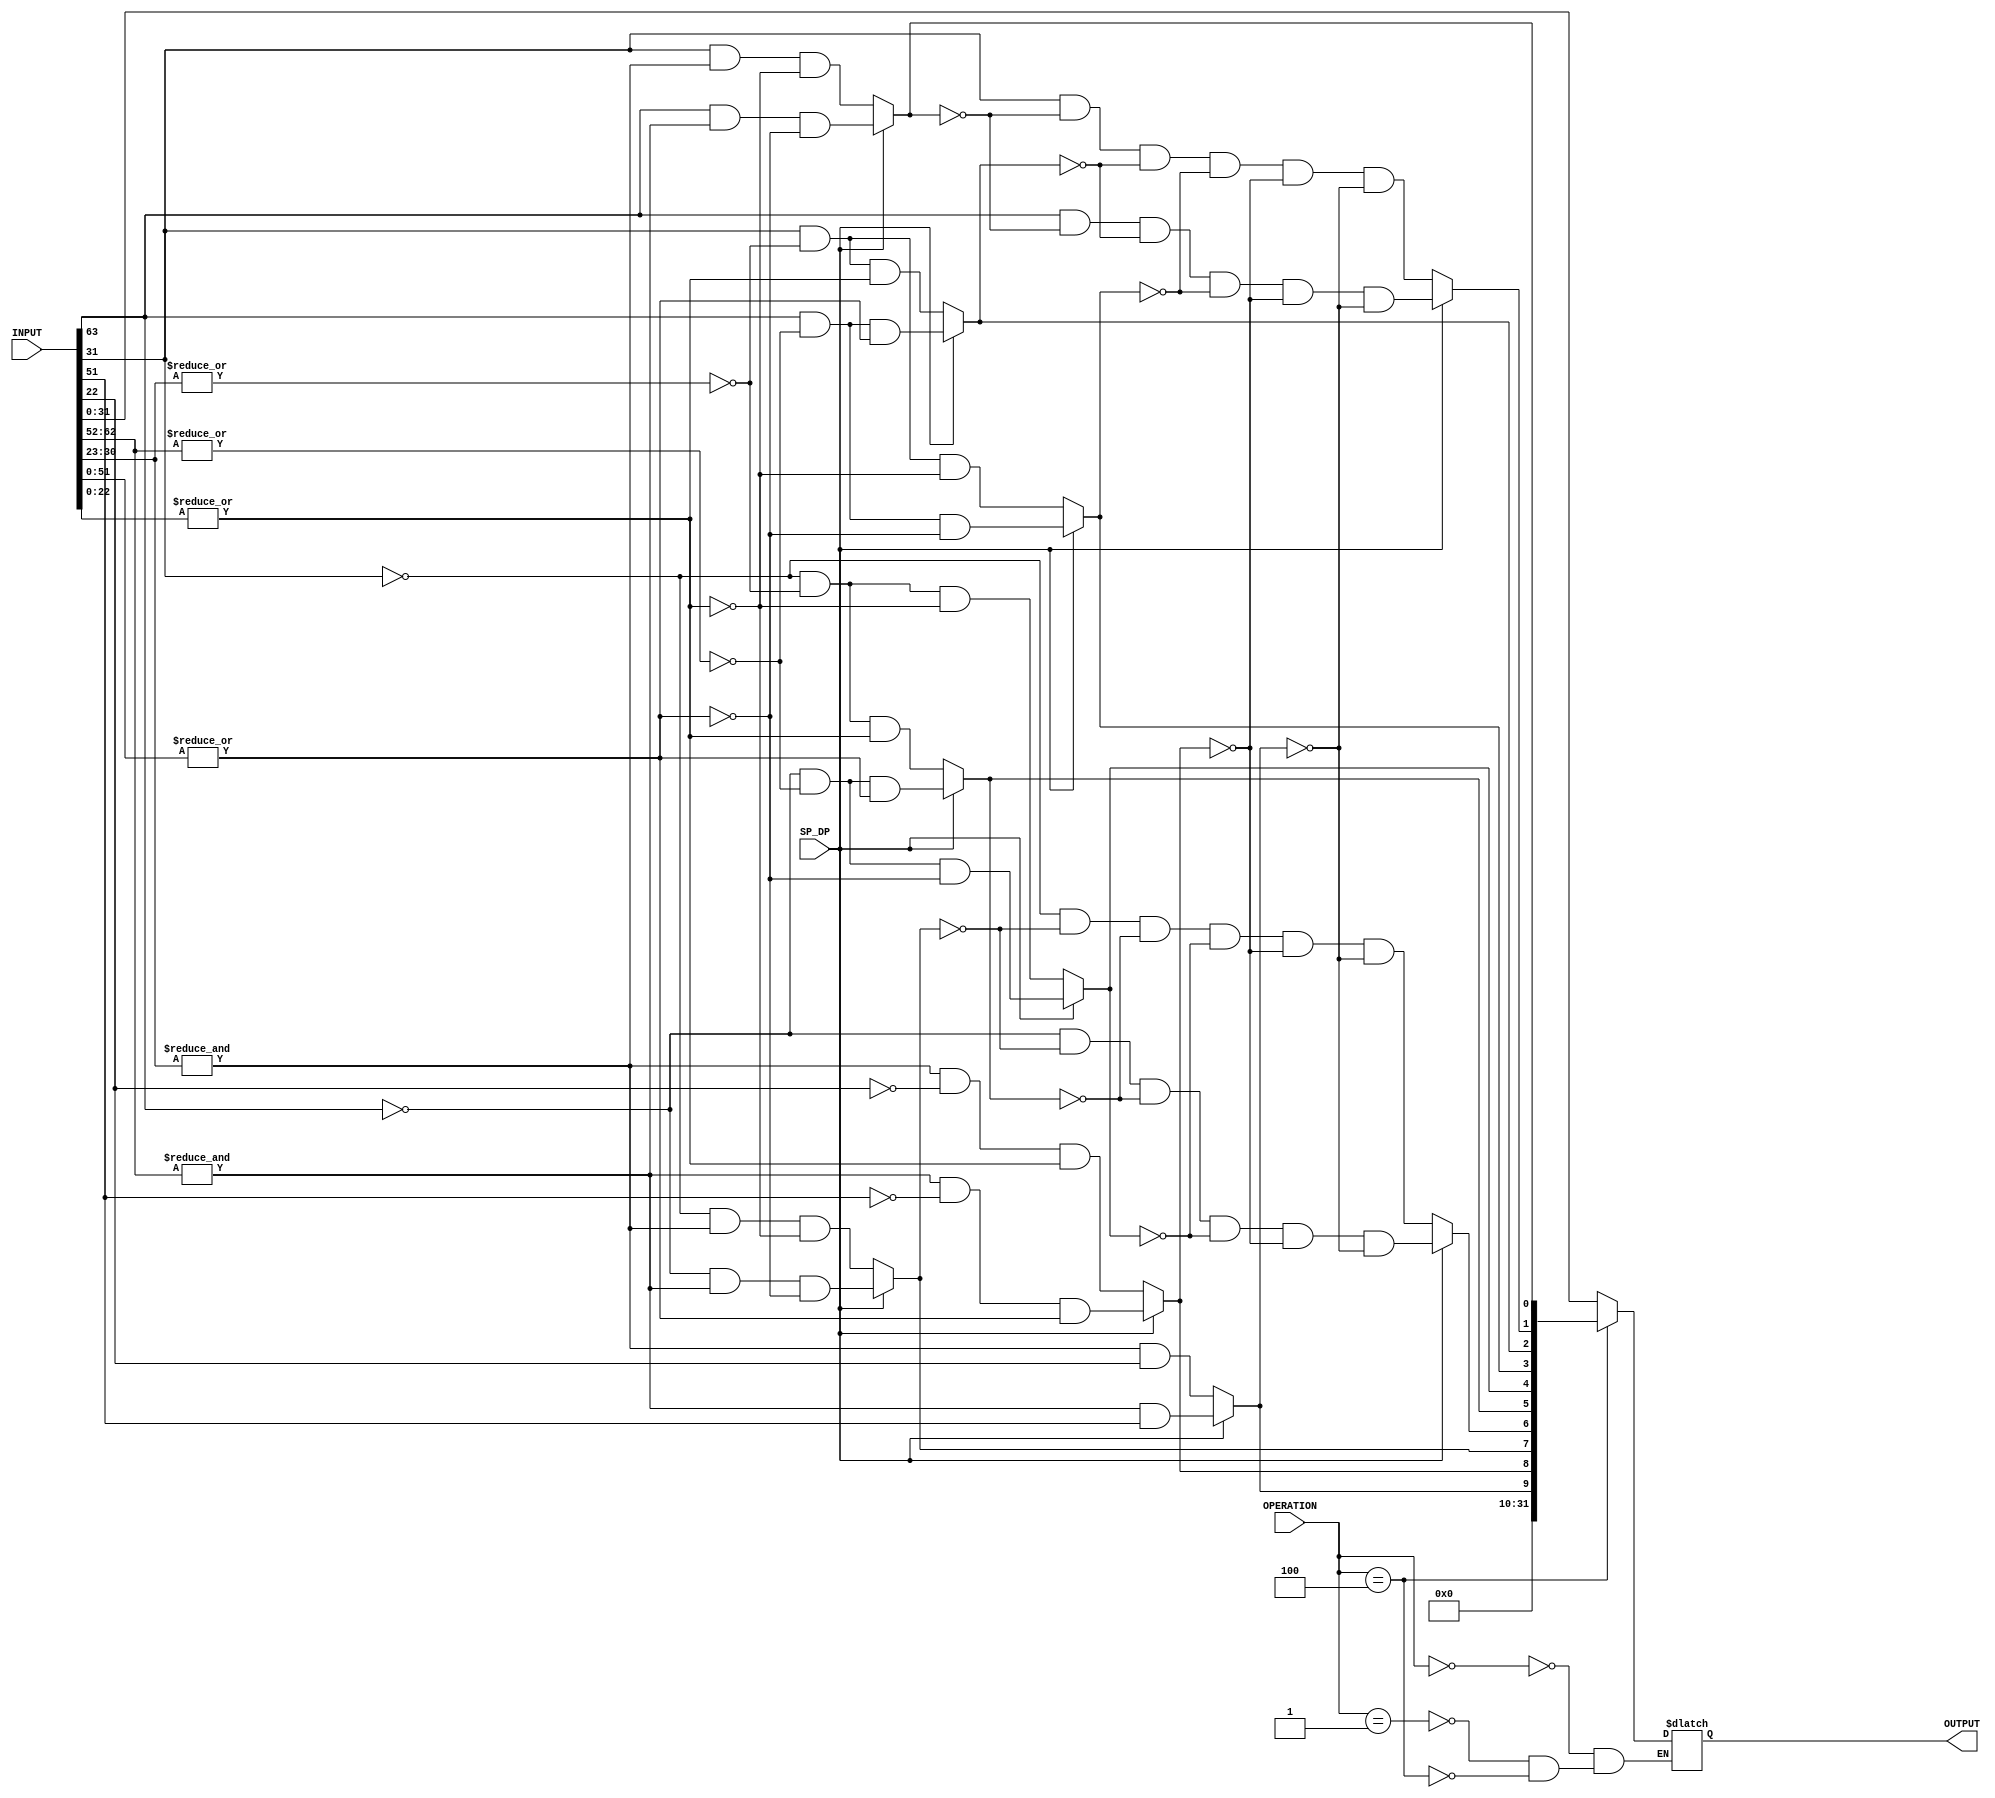
//******************************************************************************
// Copyright (c) 2014 - 2018, Indian Institute of Science, Bangalore.
// All Rights Reserved. See LICENSE for license details.
//------------------------------------------------------------------------------

// Contributors
// Akshay Birari (akshay@alum.iisc.ac.in), Piyush Birla (piyush@alum.iisc.ac.in)
// Suseela Budi (suseela@alum.iisc.ac.in), Pradeep Gupta (gupta@alum.iisc.ac.in)
// Kavya Sharat (kavyasharat@alum.iisc.ac.in), Sumeet Bandishte (sumeet.bandishte30@gmail.com)
// Kuruvilla Varghese (kuru@iisc.ac.in)
`timescale 1ns / 1ps

`define MOV_INT_FP 3'b000
`define MOV_FP_INT 3'b001
`define FCLASS 3'b100


module TRANSFER
(
    input [63:0] INPUT,
    input SP_DP,
    input [2:0] OPERATION,
    output reg [31:0] OUTPUT
);

wire sign_SP = INPUT[31];
wire sign_DP = INPUT[63];

wire [7:0] exp_SP = INPUT[30:23];
wire [10:0] exp_DP = INPUT[62:52];

wire [22:0] man_SP = INPUT[22:0];
wire [51:0] man_DP = INPUT[51:0];

wire NEG_INFINITY = SP_DP ? ((sign_DP) & (&exp_DP) & !(|man_DP)) : ((sign_SP) & (&exp_SP) & !(|man_SP));

wire NEG_SUBNORMAL = SP_DP ? ((sign_DP) & !(|exp_DP) & (|man_DP)) : ((sign_SP) & !(|exp_SP) & (|man_SP));

wire NEG_ZERO = SP_DP ? ((sign_DP) & !(|exp_DP) & !(|man_DP)) : ((sign_SP) & !(|exp_SP) & !(|man_SP));

wire POS_ZERO = SP_DP ? ((~sign_DP) & !(|exp_DP) & !(|man_DP)) : ((~sign_SP) & !(|exp_SP) & !(|man_SP));

wire POS_SUBNORMAL = SP_DP ? ((~sign_DP) & !(|exp_DP) & (|man_DP)) : ((~sign_SP) & !(|exp_SP) & (|man_SP));

wire POS_INFINITY = SP_DP ? ((~sign_DP) & (&exp_DP) & !(|man_DP)) : ((~sign_SP) & (&exp_SP) & !(|man_SP));

wire SIGNALING_NAN = SP_DP ? ((&exp_DP) & ~man_DP[51] & (|man_DP)) : ((&exp_SP) & ~man_SP[22]  & (|man_SP));

wire QUIET_NAN = SP_DP ? ((&exp_DP) & man_DP[51]) : ((&exp_SP) & man_SP[22]);

wire NEG_NORMAL = SP_DP ? ((sign_DP) & ~NEG_INFINITY & ~NEG_SUBNORMAL & ~NEG_ZERO & ~SIGNALING_NAN & ~QUIET_NAN) : ((sign_SP) & ~NEG_INFINITY & ~NEG_SUBNORMAL & ~NEG_ZERO & ~SIGNALING_NAN & ~QUIET_NAN);

wire POS_NORMAL = SP_DP ? ((~sign_DP) & ~POS_INFINITY & ~POS_SUBNORMAL & ~POS_ZERO & ~SIGNALING_NAN & ~QUIET_NAN) : ((~sign_SP) & ~POS_INFINITY & ~POS_SUBNORMAL & ~POS_ZERO & ~SIGNALING_NAN & ~QUIET_NAN);


always @ (*) begin 
    case (OPERATION)
        `MOV_INT_FP : begin
            OUTPUT = INPUT[31:0];
        end
        
        `MOV_FP_INT : begin
            OUTPUT = INPUT[31:0];       
        end
        
        `FCLASS : begin
            OUTPUT = {{22{1'b0}}, QUIET_NAN,  SIGNALING_NAN, POS_INFINITY, POS_NORMAL, POS_SUBNORMAL, POS_ZERO, NEG_ZERO, NEG_SUBNORMAL, NEG_NORMAL, NEG_INFINITY};       
        end
        
        
        default : begin
                
        end
                                        
    endcase;
end

endmodule